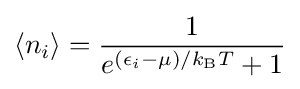
\langle n_{i}\rangle ={\frac {1}{e^{(\epsilon _{i}-\mu )/k_{\rm {B}}T}+1}}